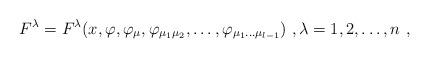
LaTeX: \begin{align*}F^\lambda=F^\lambda(x,\varphi, \varphi_{\mu} , \varphi_{{\mu_1}{\mu_2}}, \dots , \varphi_{{\mu_1} \dots {\mu_{l-1}}})\ ,\lambda=1,2,\ldots, n\ ,\end{align*}